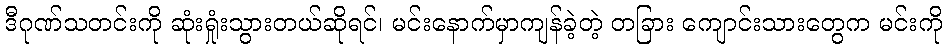
ဒီဂုဏ်သတင်းကို ဆုံးရှုံးသွားတယ်ဆိုရင်၊ မင်းနောက်မှာကျန်ခဲ့တဲ့ တခြား ကျောင်းသားတွေက မင်းကို